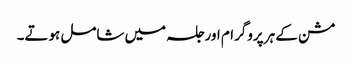
مشن کے ہر پروگرام اور جلسہ میں شامل ہوتے۔